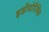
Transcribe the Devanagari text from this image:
इडीयोपैथिक